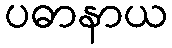
ပဓာနာယ